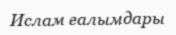
Ислам ғалымдары